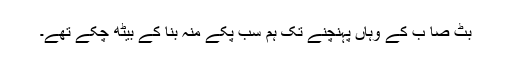
بٹ صا ب کے وہاں پہنچنے تک ہم سب پکّے منہ بنا کے بیٹھ چکے تھے۔